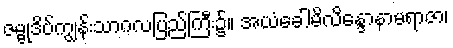
ဇမ္ဗုဒိပ်ကျွန်းသာဂလပြည်ကြီး၌။ အယံခေါမိလိန္ဒောနာမရာဇာ၊